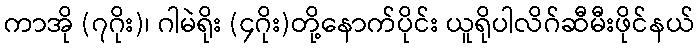
ကာအို (၇ဂိုး)၊ ဂါမဲရိုး (၄ဂိုး)တို့နောက်ပိုင်း ယူရိုပါလိဂ်ဆီမီးဖိုင်နယ်